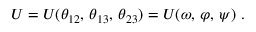
U = U ( \theta _ { 1 2 } , \, \theta _ { 1 3 } , \, \theta _ { 2 3 } ) = U ( \omega , \, \varphi , \, \psi ) \ .